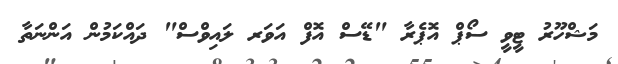
މަޝްހޫރު ޓީވީީ ސޯޕް އޮޕެރާ "ޑޭސް އޮފް އަވަރ ލައިވްސް" ދައްކަމުން އަންނަތާ